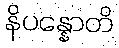
နိပန္နောတိ